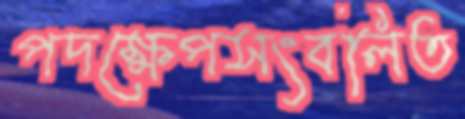
পদক্ষেপসংবলিত